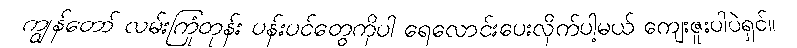
ကျွန်တော် လမ်းကြုံတုန်း ပန်းပင်တွေကိုပါ ရေလောင်းပေးလိုက်ပါ့မယ် ကျေးဇူးပါပဲရှင်။